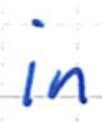
Text: in
Cross-out: clean
Writing tool: ballpoint